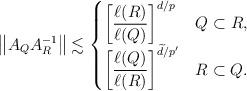
LaTeX: \begin{align*}\left\|A_QA_R^{-1}\right\|\lesssim\begin{cases}\displaystyle\left[\frac{\ell(R)}{\ell(Q)}\right]^{d/p}&Q\subset R,\\ \displaystyle\left[\frac{\ell(Q)}{\ell(R)}\right]^{\widetilde d/p'}&R\subset Q.\end{cases}\end{align*}